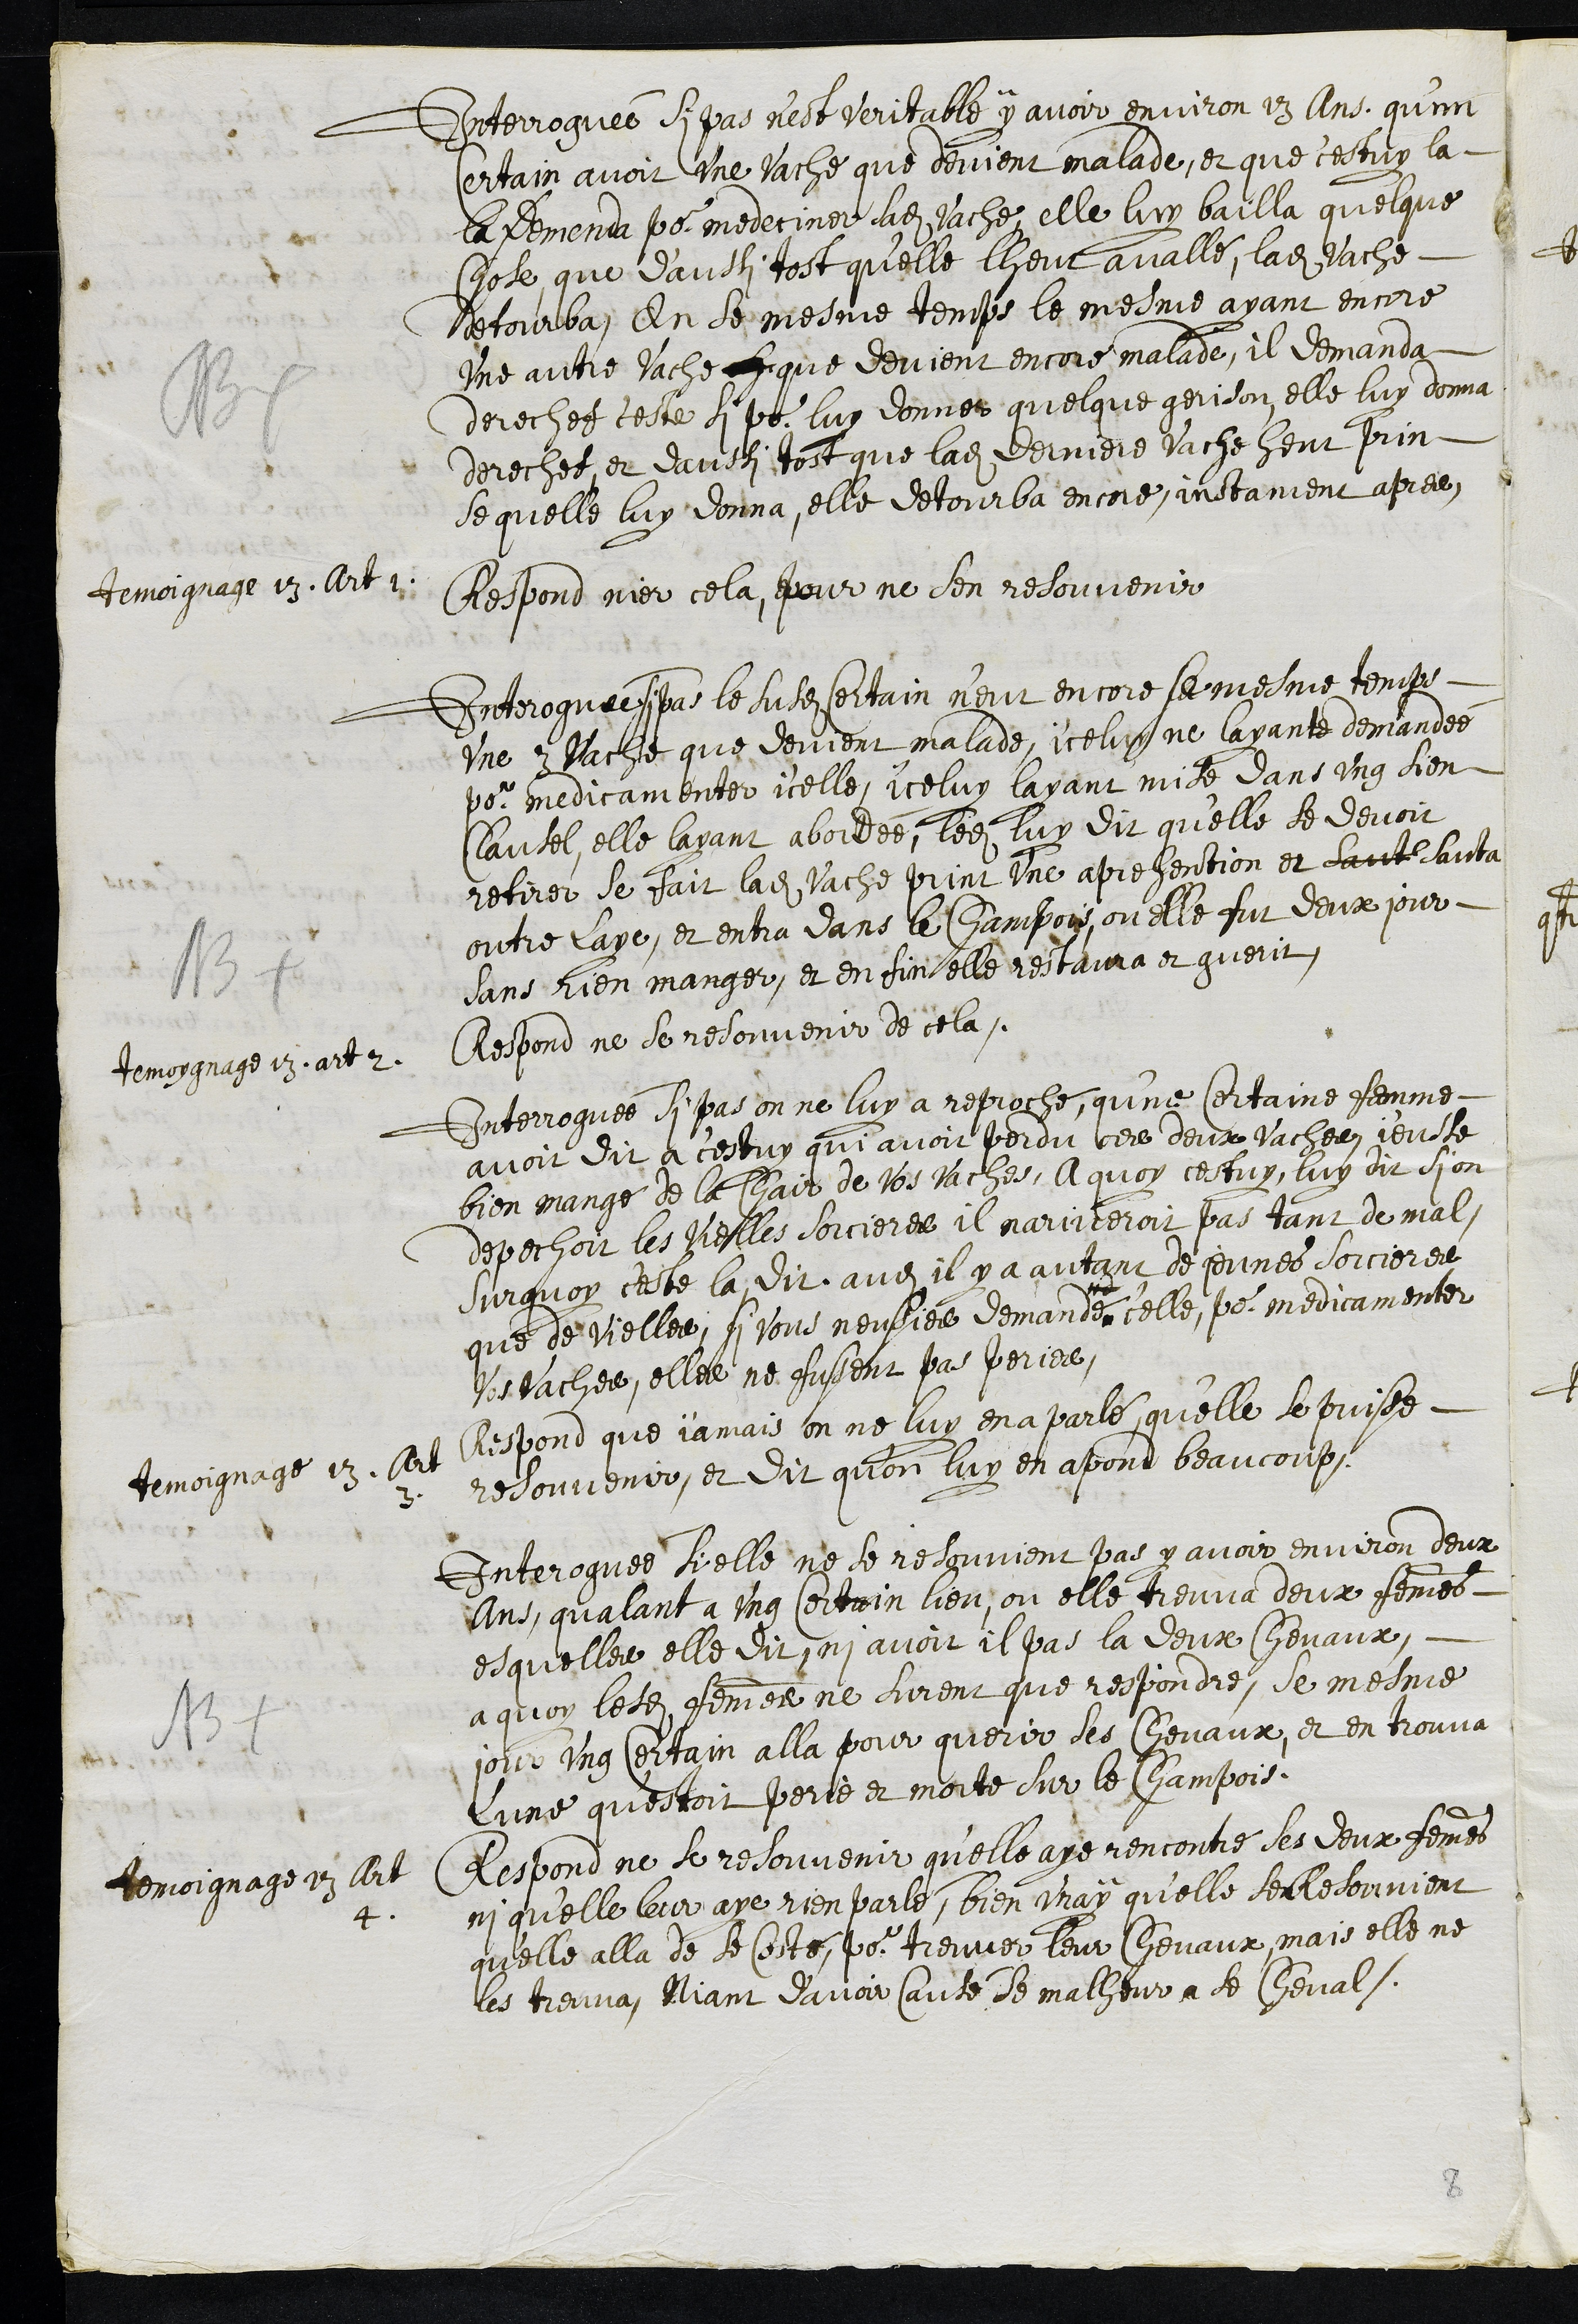
NB
Interroguée si pas n'est veritable y avoir environ 13 ans qu'un
Certain avoit une vache que devient malade, et que cestuy la
la Demenda pour medeciner ladite vache, elle luy bailla quelque
chose, que d'aussi tost qu'elle lheut avallé, ladite vache
detourba, En se mesme temps le mesme ayant encore
une autre vache que devient encore malade, il demanda
derechef c'este si pour luy donner quelque gerison, elle luy donna
derechef, et daussi tost que ladite derniere vache heut prin
se quelle luy donna, elle detourba encore, instament apres
Temoignage 13. art. 1
Respond nier cela, pour ne s’en resouvenir
NB
Interroguée si pas le susdit Certain n'eut encore se mesme temps
une vache que devient malade, iceluy ne layante demandée
pour medicamenter icelle, iceluy layant mise dans ung sien
Clausel, elle layant abordée, ledit luy dit qu'elle se devoit
retirer se fait ladite vache print une aprehention et saut sauta
outre laye, et entra dans le Champoys, ou elle fut deux jour
sans rien manger, et en fin elle restaura et guerit
temoygnage 13. art 2
Respond ne se resouvenir de cela.
Interroguée si pas on ne luy a reproché, qu'ne certaine femme
avoit dit a c'estuy qui avoit perdu ces deux vaches j'eusse
bien mangé de la chair de vos vaches, A quoy cestuy, luy dit si on
depechoit les vielles sorcieres il nariveroit pas tant de mal,
Surquoy c'este la dit audit il y a autant de jeunes sorcieres
que de vielles, si vous neussies demandé celle, pour medicamenter
vos vaches, elle ne fussent pas peries,
temoignage 13. Art
3
Respond que jamais on ne luy en a parlé, qu’elle se puisse
resouvenir, et dit qu'on luy en apond beaucoup.
NB
Interoguée si elle ne se resouvient pas y avoir environ deux
ans, qualant a ung certain lieu, ou elle treuva deux femmes
esquelle elle dit, ni avoit il pas la deux chevaux,
a quoy lesdites femmes ne surent que respondre, se mesme
jour ung certain alla pour querir ses chevaux, et en trouva
Lune qu'estoit perie et morte sur le Champois.
temoignage 23 Art
4.
Respond ne se resouvenir qu'elle aye rencontré ses deux femmes
ni qu'elle leur aye rien parlé, bien vray qu'elle sen Resouvient
qu'elle alla de se costé pour treuver leur chevaux, mais elle ne
les treuva, Niant d’avoir causé se malheur a se cheval
8